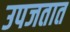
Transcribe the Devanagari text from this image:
उपजतात